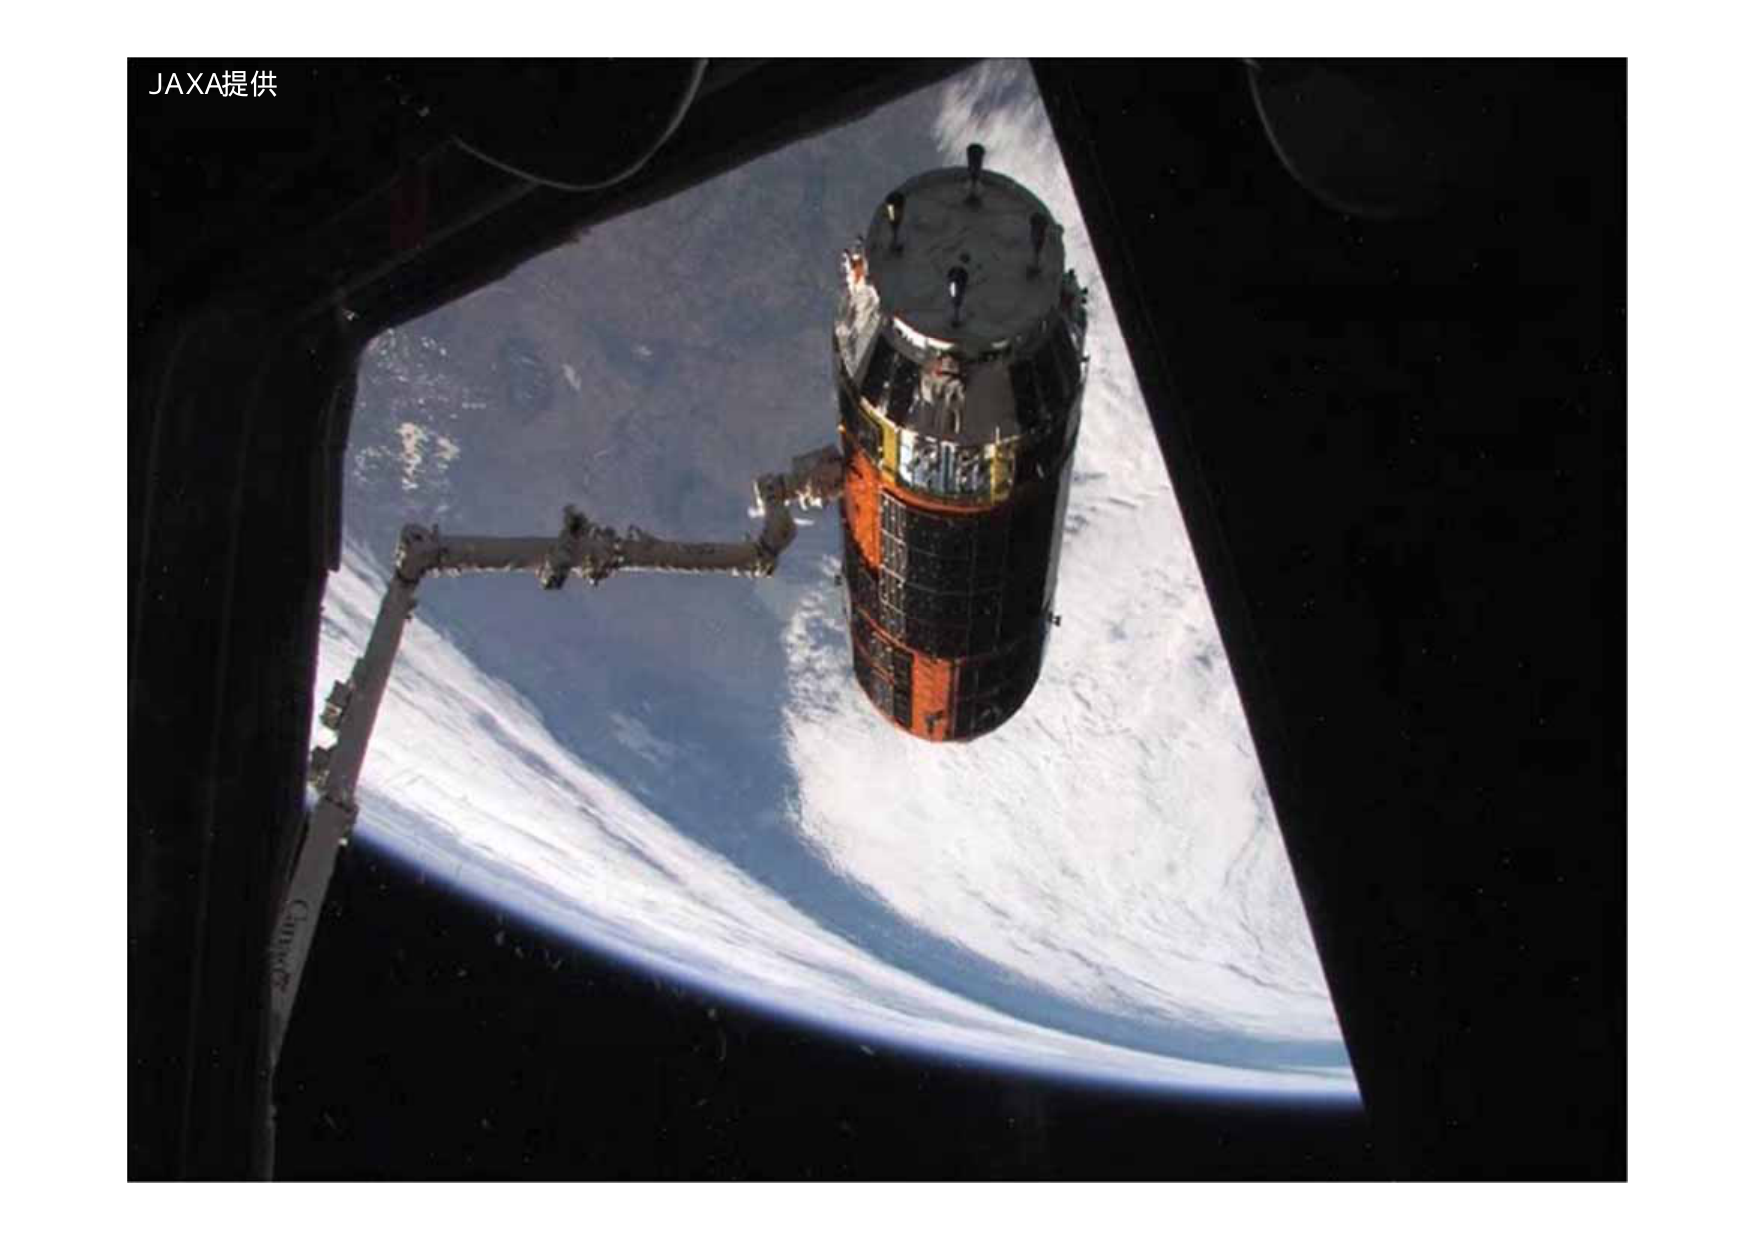
JAXA提供
Canadarm2